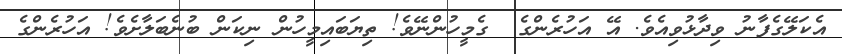
އެކަލޭގެފާނު ވިދާޅުވިއެވެ. އޭ އަހުރެންގެ  ގެމީހުންނޭވެ! ތިޔަބައިމީހުން ނިކަން ބުނެބަލާށެވެ! އަހުރެންގެ